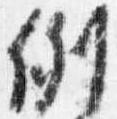
例